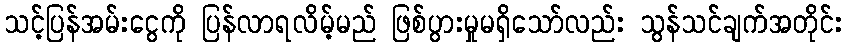
သင့်ပြန်အမ်းငွေကို ပြန်လာရလိမ့်မည် ဖြစ်ပွားမှုမရှိသော်လည်း သွန်သင်ချက်အတိုင်း